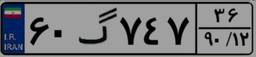
۶۲گ۴۵۰۳۶